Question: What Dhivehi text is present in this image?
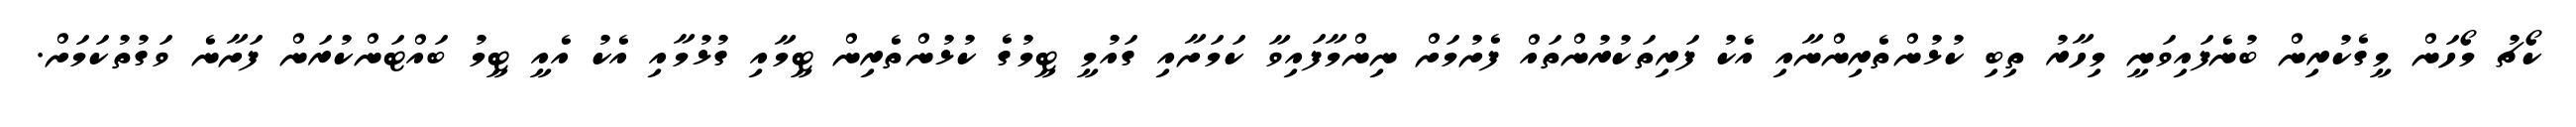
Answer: ކޯޗު މޯހަން މީގެކުރިން ބުނެފައިވަނީ މިހާރު ތިބި ކުޅުންތެރިންނާއި އެކު ފަރިތަކުރުންތައް ފެށުމަށް ނިންމާފައިވާ ކަމަށާއި ގައުމީ ޓީމުގެ ކުޅުންތެރިން ޓީމާއި ގުޅުމާއި އެކު އެއީ ޓީމު ބައްޓަންކުރަން ފަށާނެ ވަގުތުކަމަށް.